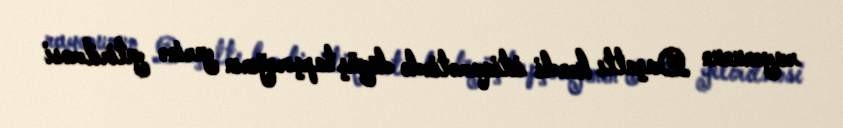
rayonunun Daşaltı kəndi istiqamətində döyüş tapşırığının yerinə yetirilməsi